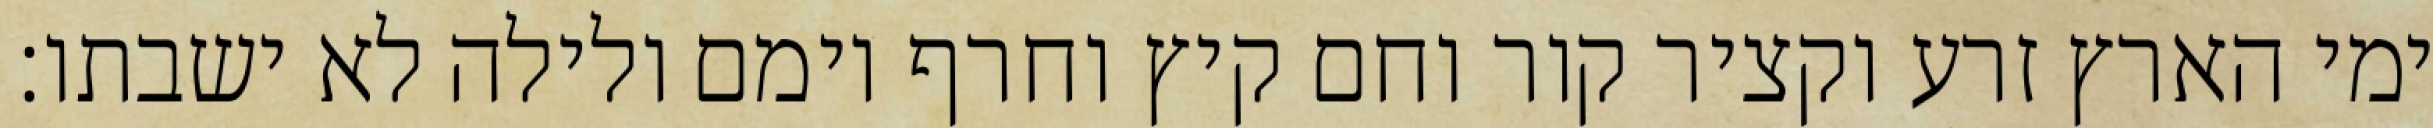
ימי הארץ זרע וקציר קור וחם קיץ וחרף יומם ולילה לא ישבתו׃